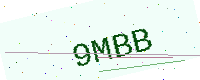
Text: 9MBB